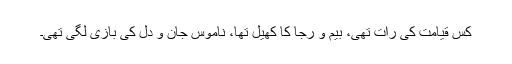
کس قیامت کی رات تھی، بیم و رجا کا کھیل تھا، ناموسِ جان و دل کی بازی لگی تھی۔